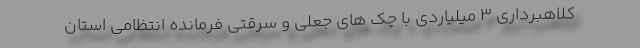
کلاهبرداری 3 میلیاردی با چک های جعلی و سرقتی فرمانده انتظامی استان